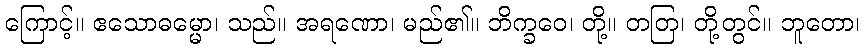
ကြောင့်။ ဧသောဓမ္မော၊ သည်။ အရဏော၊ မည်၏။ ဘိက္ခဝေ၊ တို့။ တတြ၊ တို့တွင်။ ဘူတော၊